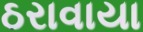
ઠરાવાયા